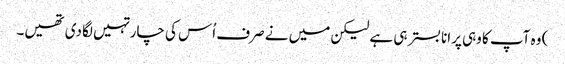
) وہ آپ کا وہی پرانا بستر ہی ہے لیکن میں نے صرف اُس کی چار تہیں لگا دی تھیں۔